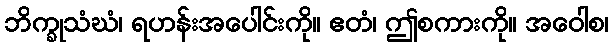
ဘိက္ခုသံဃံ၊ ရဟန်းအပေါင်းကို။ ဧတံ၊ ဤစကားကို။ အဝေါစ၊